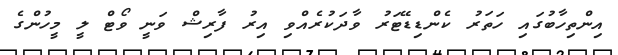
އިންތިހާބުގައި ހަތަރު ކެންޑިޑޭޓަރު ވާދަކުރެއްވި އިރު ފާރިޝް ވަނީ ވޯޓް ލީ މީހުންގެ